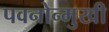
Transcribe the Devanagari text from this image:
पवनोन्मुखी